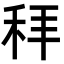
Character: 𬓥